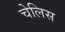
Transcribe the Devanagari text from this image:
चेलिस